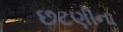
છટણીના